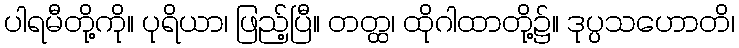
ပါရမီတို့ကို။ ပုရိယာ၊ ဖြည့်ပြီ။ တတ္ထ၊ ထိုဂါထာတို့၌။ ဒုပ္ပသဟောတိ၊